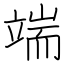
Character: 端